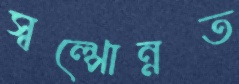
স্বল্পোন্নত